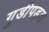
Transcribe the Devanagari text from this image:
गुडीपड़वा